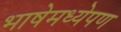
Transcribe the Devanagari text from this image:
भाषेमध्येपण